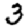
Digit: 3